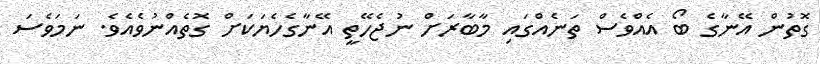
ގޮތުން އޭނާގެ ބޯ އެއްވެސް ތަނެއްގައި މާބާރަށް ނުޖެހޭތީ އޭނާގެހެޔަކަށް ގޮތެއްނުވެއެވެ. ނަމަވެސަ